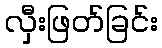
လှီးဖြတ်ခြင်း